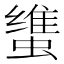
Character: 𰳚